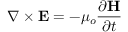
\nabla \times \mathbf { E } = - \mu _ { o } { \frac { \partial \mathbf { H } } { \partial t } }